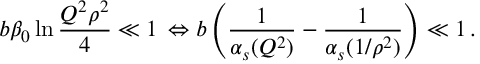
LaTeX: b \beta _ { 0 } \ln \frac { Q ^ { 2 } \rho ^ { 2 } } { 4 } \ll 1 \, \Leftrightarrow b \left( \frac { 1 } { \alpha _ { s } ( Q ^ { 2 } ) } - \frac { 1 } { \alpha _ { s } ( 1 / \rho ^ { 2 } ) } \right) \ll 1 \, .